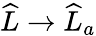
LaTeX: \widehat{L}\to\widehat{L}_{a}